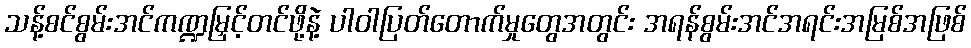
သန့်စင်စွမ်းအင်ကဏ္ဍမြှင့်တင်ဖို့နဲ့ ပါဝါပြတ်တောက်မှုတွေအတွင်း အရန်စွမ်းအင်အရင်းအမြစ်အဖြစ်